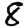
Digit: 8